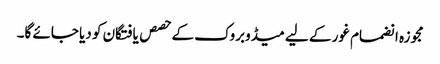
مجوزہ انضمام غور کے لیے میڈوبروک کے حصص یافتگان کو دیا جائے گا۔